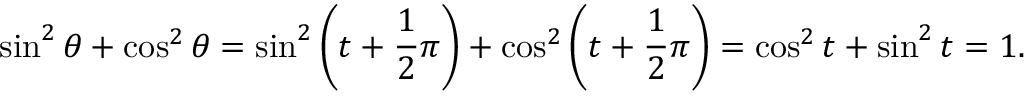
\sin ^ { 2 } \theta + \cos ^ { 2 } \theta = \sin ^ { 2 } \left( t + { \frac { 1 } { 2 } } \pi \right) + \cos ^ { 2 } \left( t + { \frac { 1 } { 2 } } \pi \right) = \cos ^ { 2 } t + \sin ^ { 2 } t = 1 .